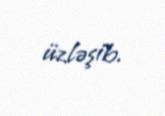
üzləşib.